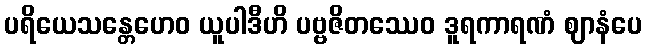
ပရိယေသန္တေဟေဝ ယူပါဒီဟိ ပဗ္ဗဇိတဿေဝ ဒူရကာရဏံ ဈာနံပေ